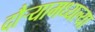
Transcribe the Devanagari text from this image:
दौर्‍यामध्यल्या